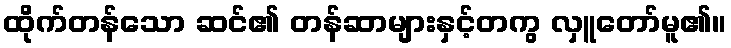
ထိုက်တန်သော ဆင်၏ တန်ဆာများနှင့်တကွ လှူတော်မူ၏။